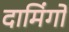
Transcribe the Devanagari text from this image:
दामिंगो